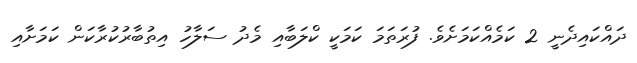
ދައްކައިދެނީ 2 ކަމެއްކަމަށެވެ. ފުރަތަމަ ކަމަކީ ކްލަބާއި މެދު ސަލާހު އިތުބާރުކުރާކަން ކަމަށާއި